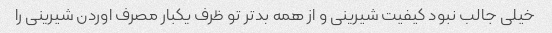
خیلی جالب نبود کیفیت شیرینی و از همه بدتر تو ظرف یکبار مصرف اوردن شیرینی را